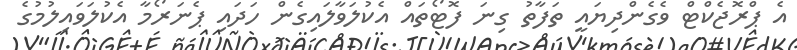
އެ ޕްރޮޖެކްޓް ވެގެންދިޔައީ ތަފާތު ގިނަ ފޮޓޯތައް އެކުލަވާލައިގެން ހަދައި ޕެނަރޯމާ އެކުލަވައިލުމުގެ